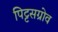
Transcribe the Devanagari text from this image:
पिट्टसग्रोव